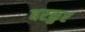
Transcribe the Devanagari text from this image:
बरकुर